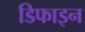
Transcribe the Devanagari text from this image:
डिफाइन